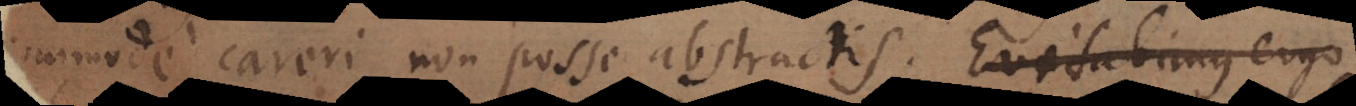
commode careri non posse abstractis. [Itaque]